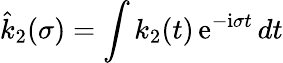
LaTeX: \hat{k}_{2}(\sigma)=\int k_{2}(t)\, \mathrm{e}^{-\mathrm{i}\sigma t}\, dt